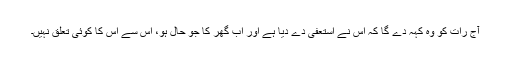
آج رات کو وہ کہہ دے گا کہ اس نے استعفیٰ دے دیا ہے اور اب گھر کا جو حال ہو، اس سے اس کا کوئی تعلّق نہیں۔